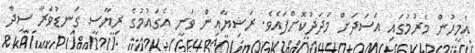
އެމީހުން މެރުމުގައި އަސަދަށް މަދަދުކޮށްފައެވެ. ރަޝިޔާއިން ވަނީ އެގައުމުގެ ރިޔާސީ ގަނޑުވަރާ ސީދާ